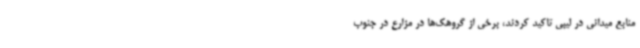
منابع میدانی در لیبی تاکید کردند، برخی از گروهک‌ها در مزارع در جنوب